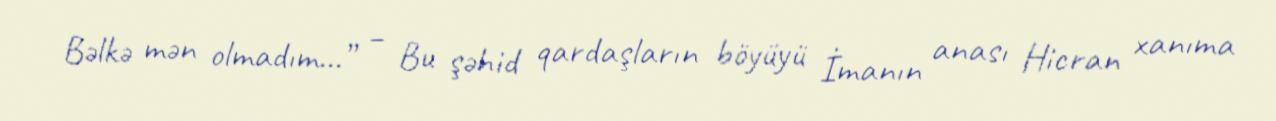
Bəlkə mən olmadım...” – Bu şəhid qardaşların böyüyü İmanın anası Hicran xanıma